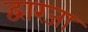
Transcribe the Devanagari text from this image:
द्वारजा